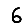
Digit: 6